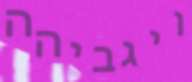
ויגביהה